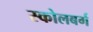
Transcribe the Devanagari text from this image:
स्कोलबर्ग